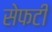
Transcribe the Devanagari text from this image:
सेफटी